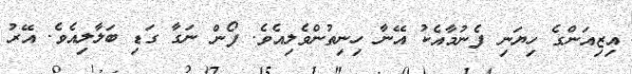
އިޒިއަންގެ ހިޔަނި ފެނުމާއެކު އޭނާ ހިނިތުންވެލިއެވެ. ފޯން ނަގާ ގަޑި ބަލާލިއެވެ. އޭރު